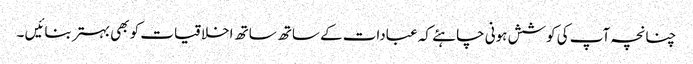
چنانچہ آپ کی کوشش ہونی چاہئے کہ عبادات کے ساتھ ساتھ اخلاقیات کو بھی بہتر بنائیں ۔